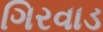
ગિરવાડ